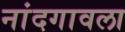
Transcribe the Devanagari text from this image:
नांदगावला